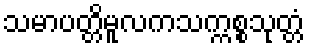
သမာပတ္တိမူလကသက္ကစ္စသုတ္တံ